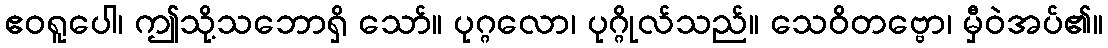
ဧဝရူပေါ၊ ဤသို့သဘောရှိ သော်။ ပုဂ္ဂလော၊ ပုဂ္ဂိုလ်သည်။ သေဝိတဗ္ဗော၊ မှီဝဲအပ်၏။